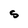
Character: S